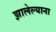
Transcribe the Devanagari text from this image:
झालेल्याना